Lunatic asylums Madras 1877-1891 - 1877-1891
Year: 1877
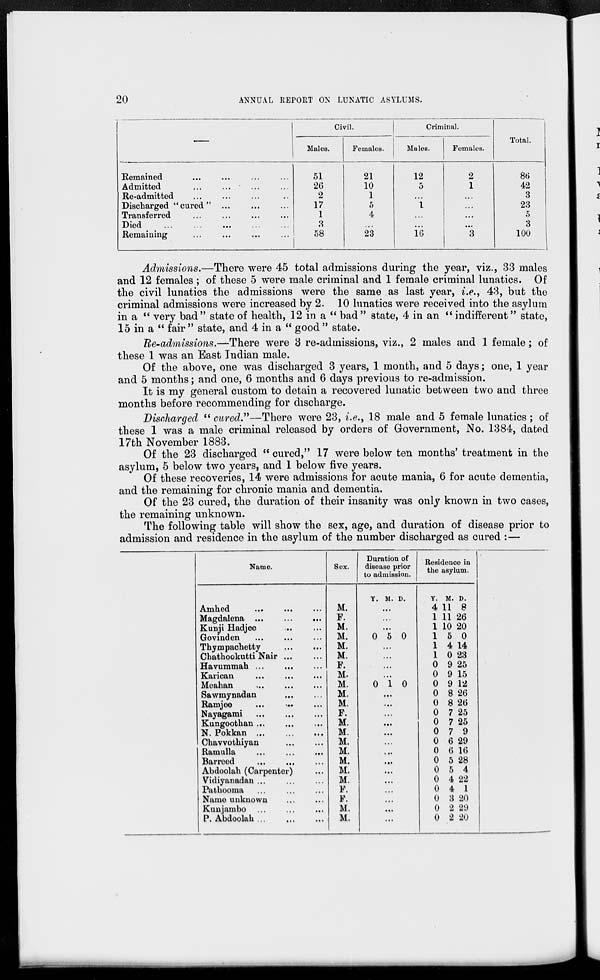
20
ANNUAL REPORT ON LUNATIC ASYLUMS.
—
Remained... ... ... ...
Admitted... ... ... ...
Re-admitted... ... ... ...
Discharged "cured" ... ... ...
Transferred... ... ... ...
Died... ... ... ...
Remaining ... ... ... ...
Civil.
Males.
51
26
2
17
1
3
58
Females.
21
10
1
5
4
...
23
Criminal.
Males.
12
5
...
1
...
...
16
Females.
2
1
...
...
...
...
3
Total.
86
42
3
23
5
3
100
Admissions.—There were 45 total admissions during the year, viz., 33 males
and 12 females ; of these 5 were male criminal and 1 female criminal lunatics. Of
the civil lunatics the admissions were the same as last year, i.e., 43, but the
criminal admissions were increased by 2. 10 lunatics were received into the asylum
in a " very bad" state of health, 12 in a " bad" state, 4 in an " indifferent" state,
15 in a " fair " state, and 4 in a " good " state.
Re-admissions.—-There were 3 re-admissions, viz., 2 males and 1 female; of
these 1 was an East Indian male.
Of the above, one was discharged 3 years, 1 month, and 5 days; one, 1 year
and 5 months; and one, 6 months and 6 days previous to re-admission.
It is my general custom to detain a recovered lunatic between two and three
months before recommending for discharge.
Discharged " cured."—There were 23, i.e., 18 male and 5 female lunatics ; of
these 1 was a male criminal released by orders of Government, No. 1384, dated
17th November 1883.
Of the 23 discharged " cured," 17 were below ten months' treatment in the
asylum, 5 below two years, and 1 below five years.
Of these recoveries, 14 were admissions for acute mania, 6 for acute dementia,
and the remaining for chronic mania and dementia.
Of the 23 cured, the duration of their insanity was only known in two cases,
the remaining unknown.
The following table will show the sex, age, and duration of disease prior to
admission and residence in the asylum of the number discharged as cured :—
Name.
Amhed... ... ...
Magdalena ...
...
...
Kunji Hadjee... ...
Govinden... ... ...
Thympachetty... ...
Chathookutti Nair ... ...
Havummah ... ... ...
Karican... ... ...
Meahan... ... ...
Sawmynadan... ...
Ramjee
... ... ...
Nayagami ... ... ...
Kungoothan...
...
...
N.
Pokkan...
...
...
Chavvothiyan ... ...
Ramulla... ... ...
Barreed
... ... ...
Abdoolah (Carpenter)...
Vidiyanadan ... ... ...
Pathooma... ... ...
Name unknown... ...
Kunjambo... ... ...
P.
Abdoolah...
...
...
Sex.
M.
F.
M.
M.
M.
M.
F.
M.
M.
M.
M.
F.
M.
M
M.
M.
M.
M.
M.
F.
F.
M.
M.
Duration of
disease prior
to admission.
Y. M. D.
...
...
...
0 5 0
...
...
...
...
0 1 0
...
...
...
...
...
...
...
...
...
...
...
...
...
...
Residence in
the asylum.
Y.
4
1
1
1
1
1
0
0
0
0
0
0
0
0
0
0
0
0
0
0
0
0
0
M.
11
11
10
5
4
0
9
9
9
8
8
7
7
7
6
6
5
5
4
4
3
2
2
D.
8
26
20
0
14
23
25
15
12
26
26
25
25
9
29
16
28
4
22
1
20
29
20